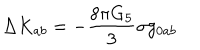
\Delta K _ { a b } = - \frac { 8 \pi G _ { 5 } } { 3 } \sigma g _ { 0 a b }